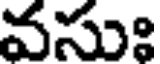
వసుః